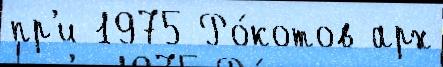
пр'и 1975 Ро́котов арх